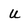
Character: u